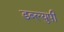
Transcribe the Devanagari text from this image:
डब्ल्युपी